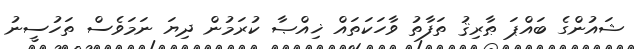
ޝައުންގެ ބައްޕަ ޠާރިޤު ތަފާތު ވާހަކަތައް ޚިއްޞާ ކުރަމުން ދިޔަ ނަމަވެސް ތަހުސީނު